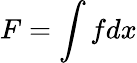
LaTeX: F=\int fdx